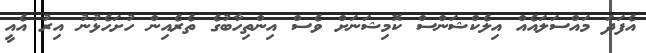
އެފަދަ މައްސަލައެއް އިލެކްޝަންސް ކޮމިޝަނަށް ވެސް އިންތިހާބުގެ ތެރެއިން ހުށަހެޅުނު އިރު އެއީ